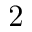
2